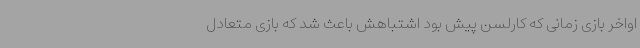
اواخر بازی زمانی که کارلسن پیش بود اشتباهش باعث شد که بازی متعادل